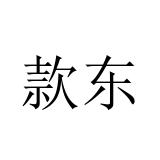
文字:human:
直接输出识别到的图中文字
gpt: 款东